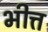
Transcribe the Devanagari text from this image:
भीत्त